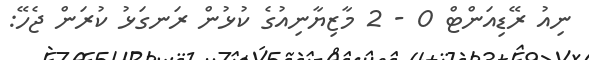
ނިއު ރޭޑިއަންޓް 0 - 2 މާޒިޔާނިއުގެ ކުޅުން ރަނގަޅު ކުރަން ޖެހޭ: